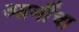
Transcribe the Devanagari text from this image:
आर्मीचा